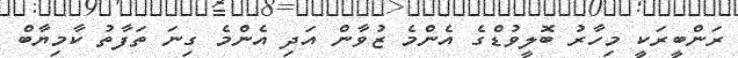
ރަންބީރަކީ މިހާރު ބޮލީވުޑްގެ އެންމެ ޒުވާން އަދި އެންމެ ގިނަ ތަފާތު ކާމިޔާބް